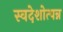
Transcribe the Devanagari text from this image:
स्वदेशोत्पन्न